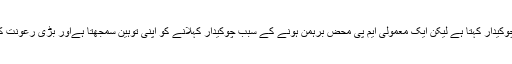
ملک کا پی ایم چونکہ پسماندہ طبقات سے تعلق رکھتا ہے اس لیے فخر سے اپنے آپ کو چوکیدار کہتا ہے لیکن ایک معمولی ایم پی محض برہمن ہونے کے سبب چوکیدار کہلانے کو اپنی توہین سمجھتا ہےاور بڑی رعونت کے ساتھ اعلان کرتا ہے میں برہمن ہوں اس لیے چوکیداربنے بغیر چوکیداری سکھاوں گا۔